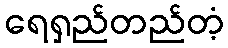
ရေရှည်တည်တံ့